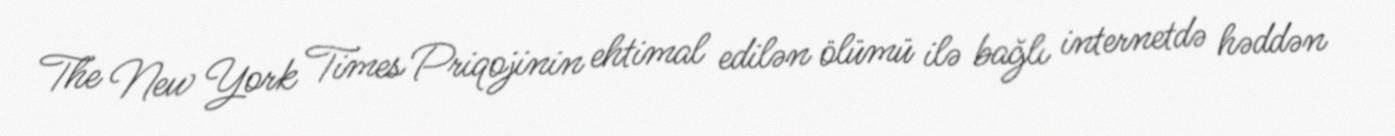
The New York Times Priqojinin ehtimal edilən ölümü ilə bağlı internetdə həddən